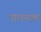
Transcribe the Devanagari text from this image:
नाथनाक